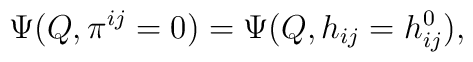
\Psi(Q,\pi^{ij}=0) = \Psi(Q,h_{ij}=h_{ij}^0),